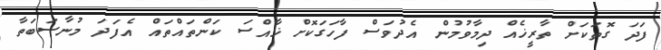
ފަދަ ގޮތަކަށް ތާރީޚެއް ދިމާވުމުން އެދުވަސް ފާހަގަކޮށް ޚާއްސަ ކަންތައްތައް އެފަދަ މުނާސަބަތާ